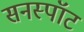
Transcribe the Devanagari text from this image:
सनस्पॉट